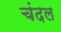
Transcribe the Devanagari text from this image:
चंदल